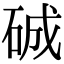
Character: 𥓉